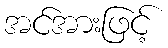
အင်အားဖြင့်